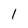
Character: l